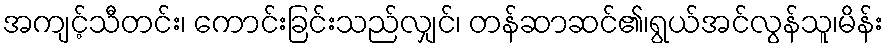
အကျင့်သီတင်း၊ ကောင်းခြင်းသည်လျှင်၊ တန်ဆာဆင်၏၊ရွယ်အင်လွန်သူ၊မိန်း